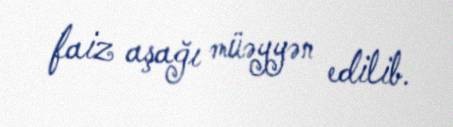
faiz aşağı müəyyən edilib.